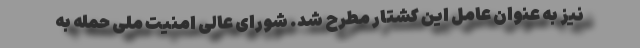
نیز به عنوان عامل این کشتار مطرح شد. شورای عالی امنیت ملی حمله به